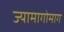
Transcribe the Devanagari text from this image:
ज्यामागोमाग